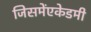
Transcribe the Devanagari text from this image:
जिसमेंएकेडमी